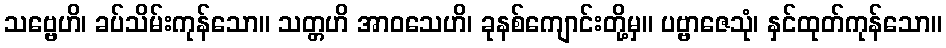
သဗ္ဗေဟိ၊ ခပ်သိမ်းကုန်သော။ သတ္တဟိ အာဝသေဟိ၊ ခုနစ်ကျောင်းတို့မှ။ ပဗ္ဗာဇေသုံ၊ နှင်ထုတ်ကုန်သော။